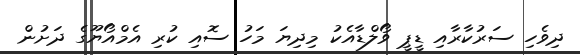
ދިވެހި ސަރުކާރާއި ޑީޕީ ވޯލްޑާއެކު މިދިޔަ މަހު ސޮއި ކުރި އެމްއޯޔޫގެ ދަށުން